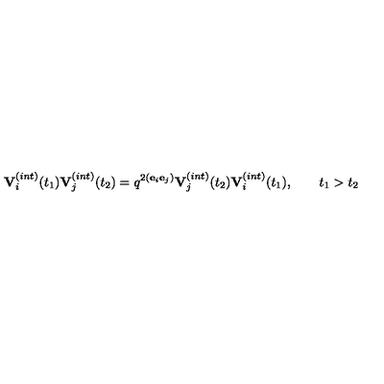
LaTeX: { \bf V } _ { i } ^ { ( i n t ) } ( t _ { 1 } ) { \bf V } _ { j } ^ { ( i n t ) } ( t _ { 2 } ) = q ^ { 2 ( { \bf e } _ { i } { \bf e } _ { j } ) } { \bf V } _ { j } ^ { ( i n t ) } ( t _ { 2 } ) { \bf V } _ { i } ^ { ( i n t ) } ( t _ { 1 } ) , \qquad t _ { 1 } > t _ { 2 }